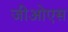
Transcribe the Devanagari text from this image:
जीओएस